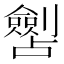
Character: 𱐧